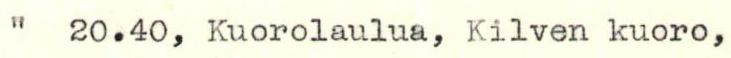
"  20.40, Kuorolaulua, Kilven kuoro,